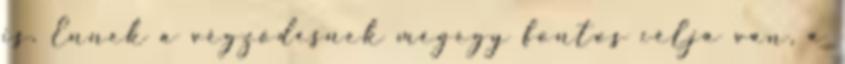
is. Ennek a végződésnek mégegy fontos célja van, a